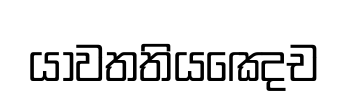
යාවතතියඤෙච